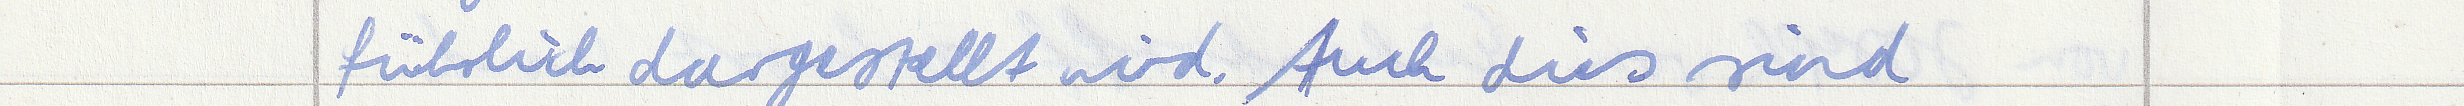
führlich dargestellt wird. Auch dies sind